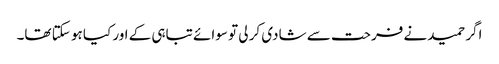
اگر حمید نے فرحت سے شادی کر لی تو سوائے تباہی کے اور کیا ہو سکتا تھا۔